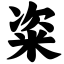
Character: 粢